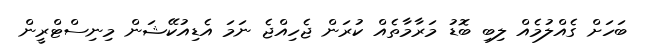
ބަހަށް ގެއްލުމެއް ލިބި ބޮޑު މަރާމާތެއް ކުރަން ޖެހިއްޖެ ނަމަ އެޑިއުކޭޝަން މިނިސްޓްރީން